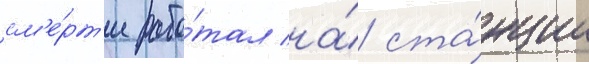
см'е́рт'и рабо́тал на́ ста́нции